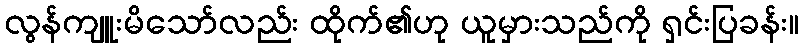
လွန်ကျူးမိသော်လည်း ထိုက်၏ဟု ယူမှားသည်ကို ရှင်းပြခန်း။